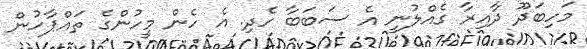
މަހިބަދޫ ދާއިރާ ގެއްލުނީ އެ ސަބަބާ ހެދި. އެ ހެން މީހުންގެ ތައްޕާހުން